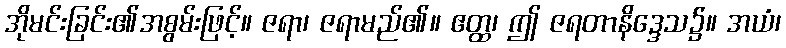
အိုမင်းခြင်း၏အစွမ်းဖြင့်။ ဇရာ၊ ဇရာမည်၏။ ဧတ္ထ၊ ဤ ဇရတာနိဒ္ဒေသ၌။ အယံ၊